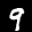
Label: 9